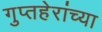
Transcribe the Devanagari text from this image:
गुप्तहेरांच्या